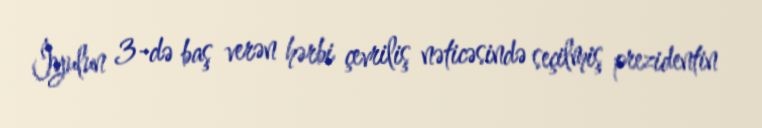
İyulun 3-də baş verən hərbi çevriliş nəticəsində seçilmiş prezidentin